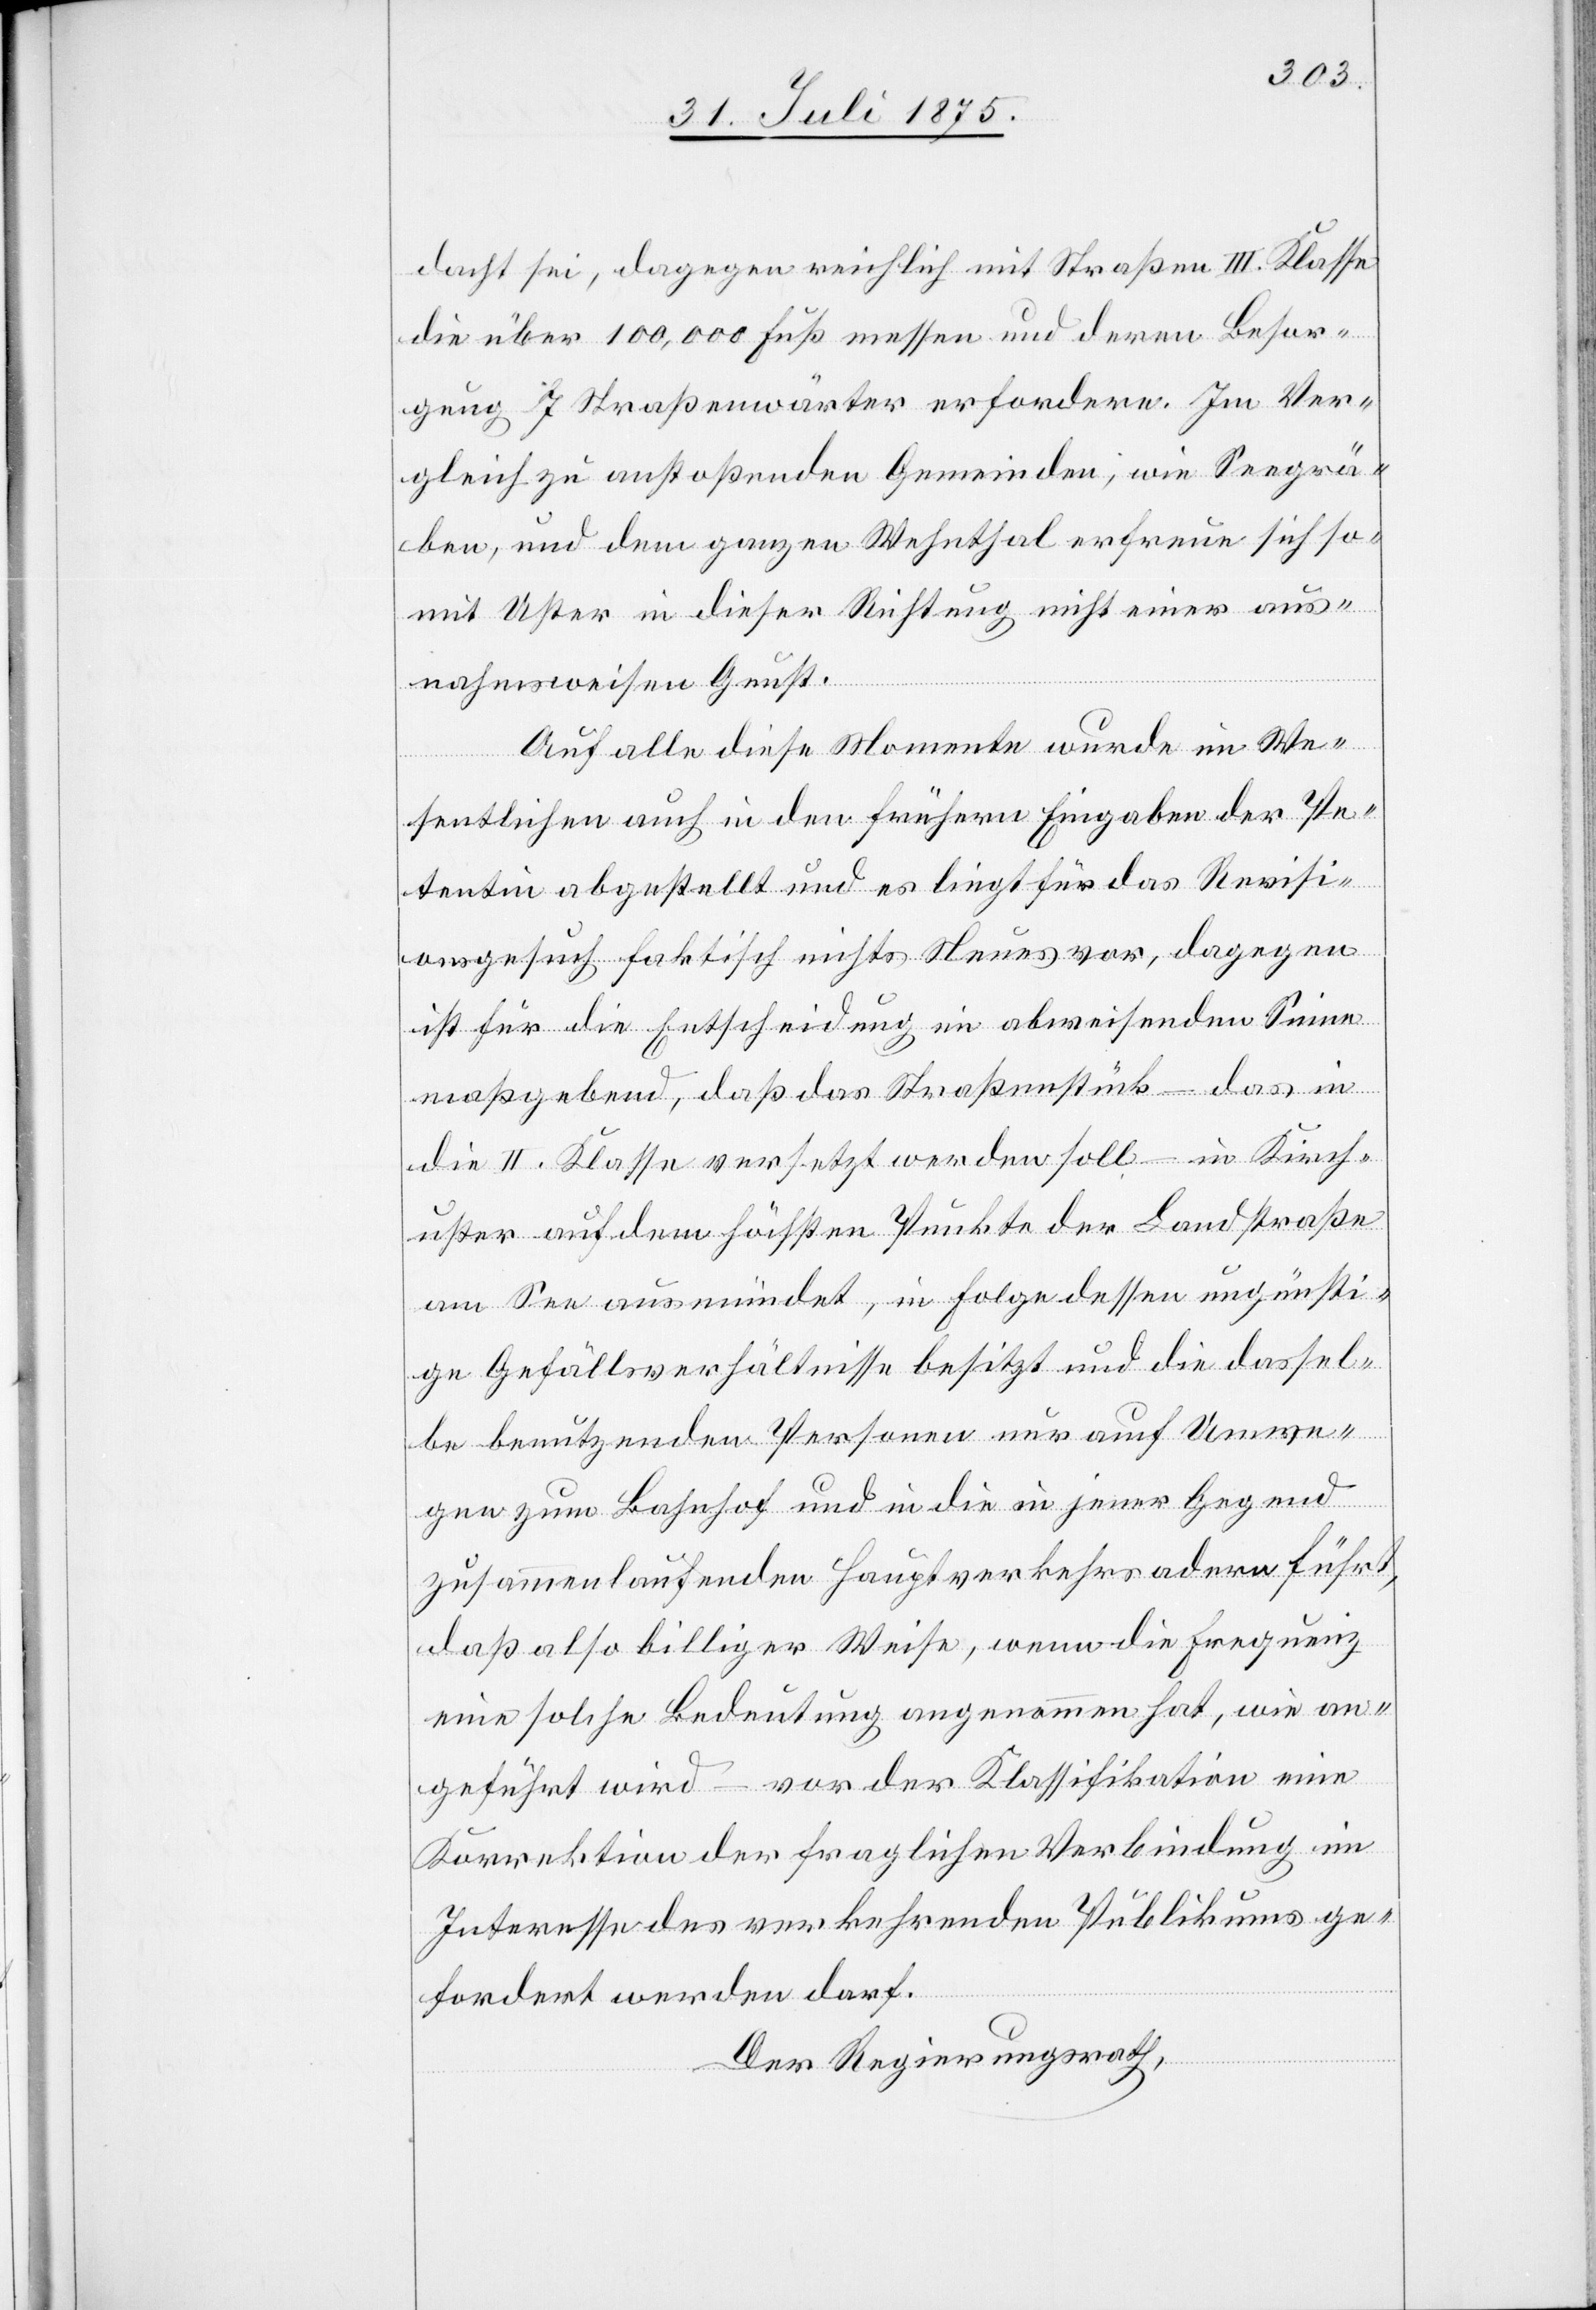
dacht sei, dagegen reichlich mit Straßen III. Klasse
die über 100,000 Fuß messen und deren Besor¬
gung 7 Straßenwärter erfordern. Im Ver¬
gleich zu anstoßenden Gemeinden, wie Seegrä¬
ben, und dem ganzen Wehnthal erfreue sich so¬
mit Uster in dieser Richtung nicht einer aus¬
nahmsweisen Gunst.
Auf alle diese Momente wurde im We¬
sentlichen auch in den frühern Eingaben der Pe¬
tentin abgestellt und es liegt für das Revisi¬
onsgesuch faktisch nichts Neues vor, dagegen
ist für die Entscheidung im abweisenden Sinne
maßgebend, daß das Straßenstück – das in
die II. Klasse versetzt werden soll – in Kirch¬
uster auf dem höchsten Punkte der Landstraße
am See ausmündet, in Folge dessen ungünsti¬
ge Gefällsverhältnisse besitzt und die dassel¬
be benutzenden Personen nur auf Umwe¬
gen zum Bahnhof und in die in jener Gegend
zusammenlaufenden Hauptverkehrsadern führt,
daß also billiger Weise, wenn die Frequenz
eine solche Bedeutung angenommen hat, wie an¬
geführt wird – vor der Klassifikation eine
Korrektion der fraglichen Verbindung im
Interesse des verkehrenden Publikums ge¬
fordert werden darf.
Der Regierungsrath,